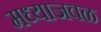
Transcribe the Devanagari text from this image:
मध्याजवळ